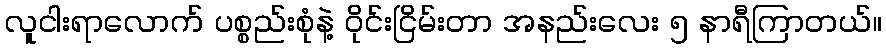
လူငါးရာလောက် ပစ္စည်းစုံနဲ့ ဝိုင်းငြိမ်းတာ အနည်းလေး ၅ နာရီကြာတယ်။